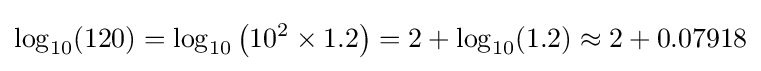
\log _{10}(120)=\log _{10}\left(10^{2}\times 1.2\right)=2+\log _{10}(1.2)\approx 2+0.07918